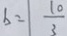
b = \frac { 1 0 } { 3 }